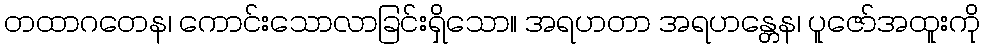
တထာဂတေန၊ ကောင်းသောလာခြင်းရှိသော။ အရဟတာ အရဟန္တေန၊ ပူဇော်အထူးကို